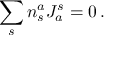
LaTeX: \sum _ { s } n _ { s } ^ { a } J _ { a } ^ { s } = 0 \, .